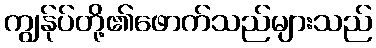
ကျွန်ုပ်တို့၏ဖောက်သည်များသည်